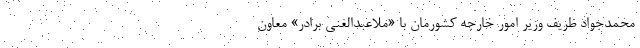
محمدجواد ظریف وزیر امور خارجه کشورمان با «ملاعبدالغنی برادر» معاون